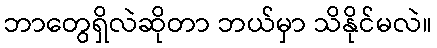
ဘာတွေရှိလဲဆိုတာ ဘယ်မှာ သိနိုင်မလဲ။